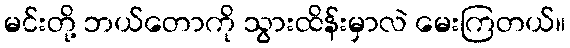
မင်းတို့ ဘယ်တောကို သွားထိန်းမှာလဲ မေးကြတယ်။